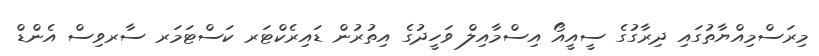
މިރަސްމިއްޔާތުގައި ދިރާގުގެ ސީއީއޯ އިސްމާއިލް ވަހީދުގެ އިތުރުން ޑައިރެކްޓަރ ކަސްޓަމަރ ސާރވިސް އެންޑް